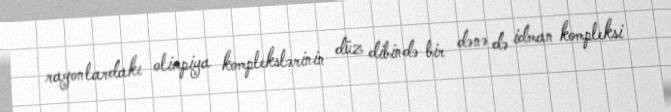
rayonlardakı olimpiya komplekslərinin düz dibində bir dənə də idman kompleksi